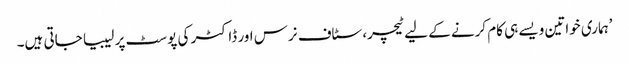
’ہماری خواتین ویسے ہی کام کرنے کے لیے ٹیچر، سٹاف نرس اور ڈاکٹر کی پوسٹ پر لیبیا جاتی ہیں۔